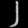
Digit: ၂